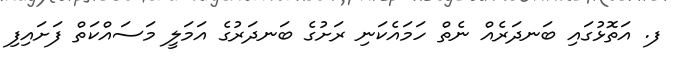
ފ. އަތޮޅުގައި ބަނދަރެއް ނެތް ހަމައެކަނި ރަށުގެ ބަނދަރުގެ އަމަލީ މަސައްކަތް ފަށައިފި